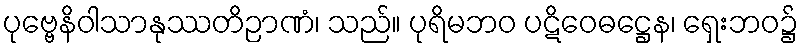
ပုဗ္ဗေနိဝါသာနုဿတိဉာဏံ၊ သည်။ ပုရိမဘဝ ပဋိဝေဓဋ္ဌေန၊ ရှေးဘဝ၌